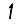
Digit: 1